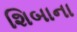
શિબાના